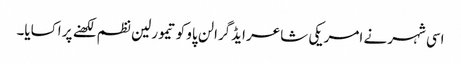
اسی شہر نے امریکی شاعر ایڈگرالن پاو کو تیمورلین نظم لکھنے پر اکسایا۔